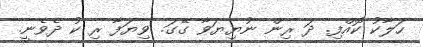
ހަލާކު ކޮއްފި. ދަ ރިން ނުޔިޔަވާ ގޭގަ. ވިޔަފާ ރި ކު ދެވެނީ.